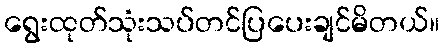
ရွေးထုတ်သုံးသပ်တင်ပြပေးချင်မိတယ်။